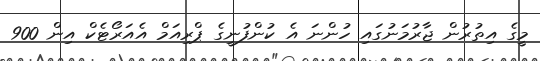
މީގެ އިތުރުން ޖާރުމަނުގައި ހުންނަ އެ ކުންފުނީގެ ޕްރިއަމް އެއަރޯޓެކް އިން 900